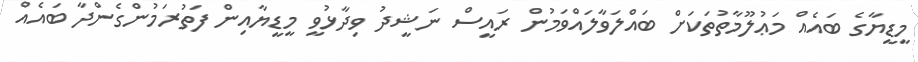
މީޑީޔާގެ ބައެއް މަޢުލޫމާތުތަކަށް ބައްލަވާލައްވަމުން ރައީސް ނަޝީދު ވިދާޅުވީ މީޑީޔާއިން ފަތުރަމުންގެންދާ ބައެއް